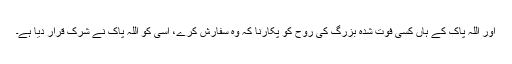
اور اللہ پاک کے ہاں کسی فوت شدہ بزرگ کی روح کو پکارنا کہ وہ سفارش کرے، اسی کو اللہ پاک نے شرک قرار دیا ہے۔